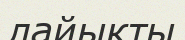
лайыкты